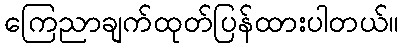
ကြေညာချက်ထုတ်ပြန်ထားပါတယ်။